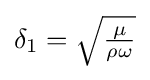
{\delta }_{1}={\sqrt {\tfrac {\mu }{\rho \omega }}}\,\!